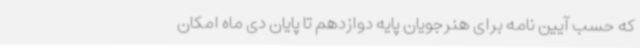
که حسب آیین نامه برای هنرجویان پایه دوازدهم تا پایان دی ماه امکان